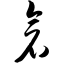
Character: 仓